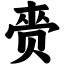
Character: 赍